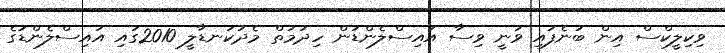
ވިކިލީކްސް އިން ބުނެފައި ވަނީ ވިސާ އައިސްލެންޑުން ހިދުމަތް މެދުކަނޑާލީ 2010ގައި އައިސްލެންޑުގެ